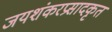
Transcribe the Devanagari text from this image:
जयशंकरप्रसादकृत